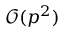
\mathcal { O } ( p ^ { 2 } )